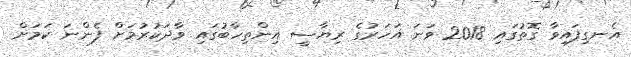
އެނގިފައިވާ ގޮތުގައި 2018 ވަނަ އަހަރުގެ ރިޔާސީ އިންތިހާބުގައި ވާދަކުރުމަށް ފެންނަ ކަމަށް